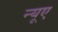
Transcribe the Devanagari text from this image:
न्‍यूए